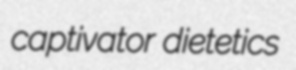
captivator dietetics